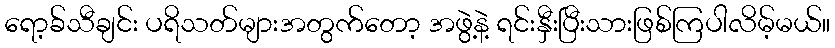
ရော့ခ်သီချင်း ပရိသတ်များအတွက်တော့ အဖွဲ့နဲ့ ရင်းနှီးပြီးသားဖြစ်ကြပါလိမ့်မယ်။